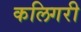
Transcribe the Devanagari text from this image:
कलिगरी